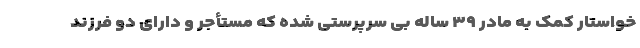
خواستار کمک به مادر ۳۹ ساله بی سرپرستی شده که مستأجر و دارای دو فرزند